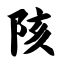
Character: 陔